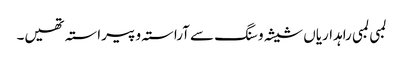
لمبی لمبی راہداریاں شیشہ و سنگ سے آراستہ و پیراستہ تھیں۔